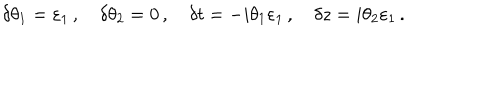
\delta \theta _ { 1 } = \varepsilon _ { 1 } \, , \quad \delta \theta _ { 2 } = 0 \, , \quad \delta t = - i \theta _ { 1 } \varepsilon _ { 1 } \, , \quad \delta z = i \theta _ { 2 } \varepsilon _ { 1 } \, .